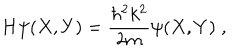
H \psi ( X , Y ) = \frac { \hbar ^ { 2 } k ^ { 2 } } { 2 m } \psi ( X , Y ) \; ,